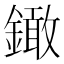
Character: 𨬒